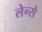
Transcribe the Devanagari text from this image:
लेन्से